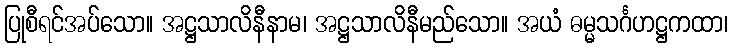
ပြုစီရင်အပ်သော။ အဋ္ဌသာလိနီနာမ၊ အဋ္ဌသာလိနီမည်သော။ အယံ ဓမ္မသင်္ဂဟဋ္ဌကထာ၊